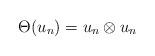
LaTeX: \begin{align*} \Theta(u_n)= u_n \otimes u_n\end{align*}